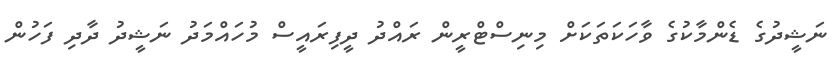
ނަޝީދުގެ ޑެންމާކުގެ ވާހަކަތަކަށް މިނިސްޓްރީން ރައްދު ދީފިރައީސް މުހައްމަދު ނަޝީދު ދާދި ފަހުން